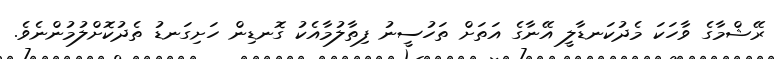
ރޭޝްމާގެ ވާހަކަ މެދުކަނޑާލީ އޭނާގެ އަތަށް ތަހުސީނު ފިތާލުމާއެކު ގޮނޑިން ހަށިގަނޑު ތެދުކޮށްލުމުންނެވެ.